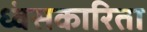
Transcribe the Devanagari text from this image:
ध्वंसकारिता